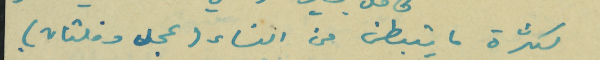
لكثرة ما يتبطن من النساء (عجل وفلتان)